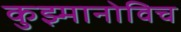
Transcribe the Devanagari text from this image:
कुझ्मानोविच